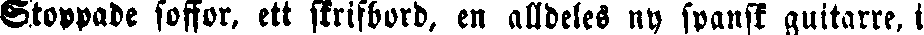
Stoppade soffor, ett skrifbord, en alldeles ny spansk guitarre, i